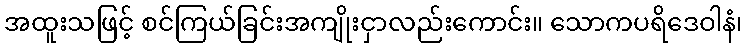
အထူးသဖြင့် စင်ကြယ်ခြင်းအကျိုးငှာလည်းကောင်း။ သောကပရိဒေဝါနံ၊